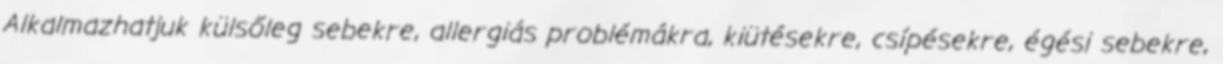
Alkalmazhatjuk külsőleg sebekre, allergiás problémákra, kiütésekre, csípésekre, égési sebekre,